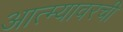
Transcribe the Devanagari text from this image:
आत्म्यावरची